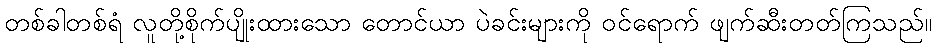
တစ်ခါတစ်ရံ လူတို့စိုက်ပျိုးထားသော တောင်ယာ ပဲခင်းများကို ဝင်ရောက် ဖျက်ဆီးတတ်ကြသည်။